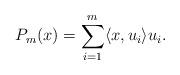
LaTeX: \begin{align*} P_m(x) =\sum_{i=1}^m \langle x,u_i\rangle u_i.\end{align*}